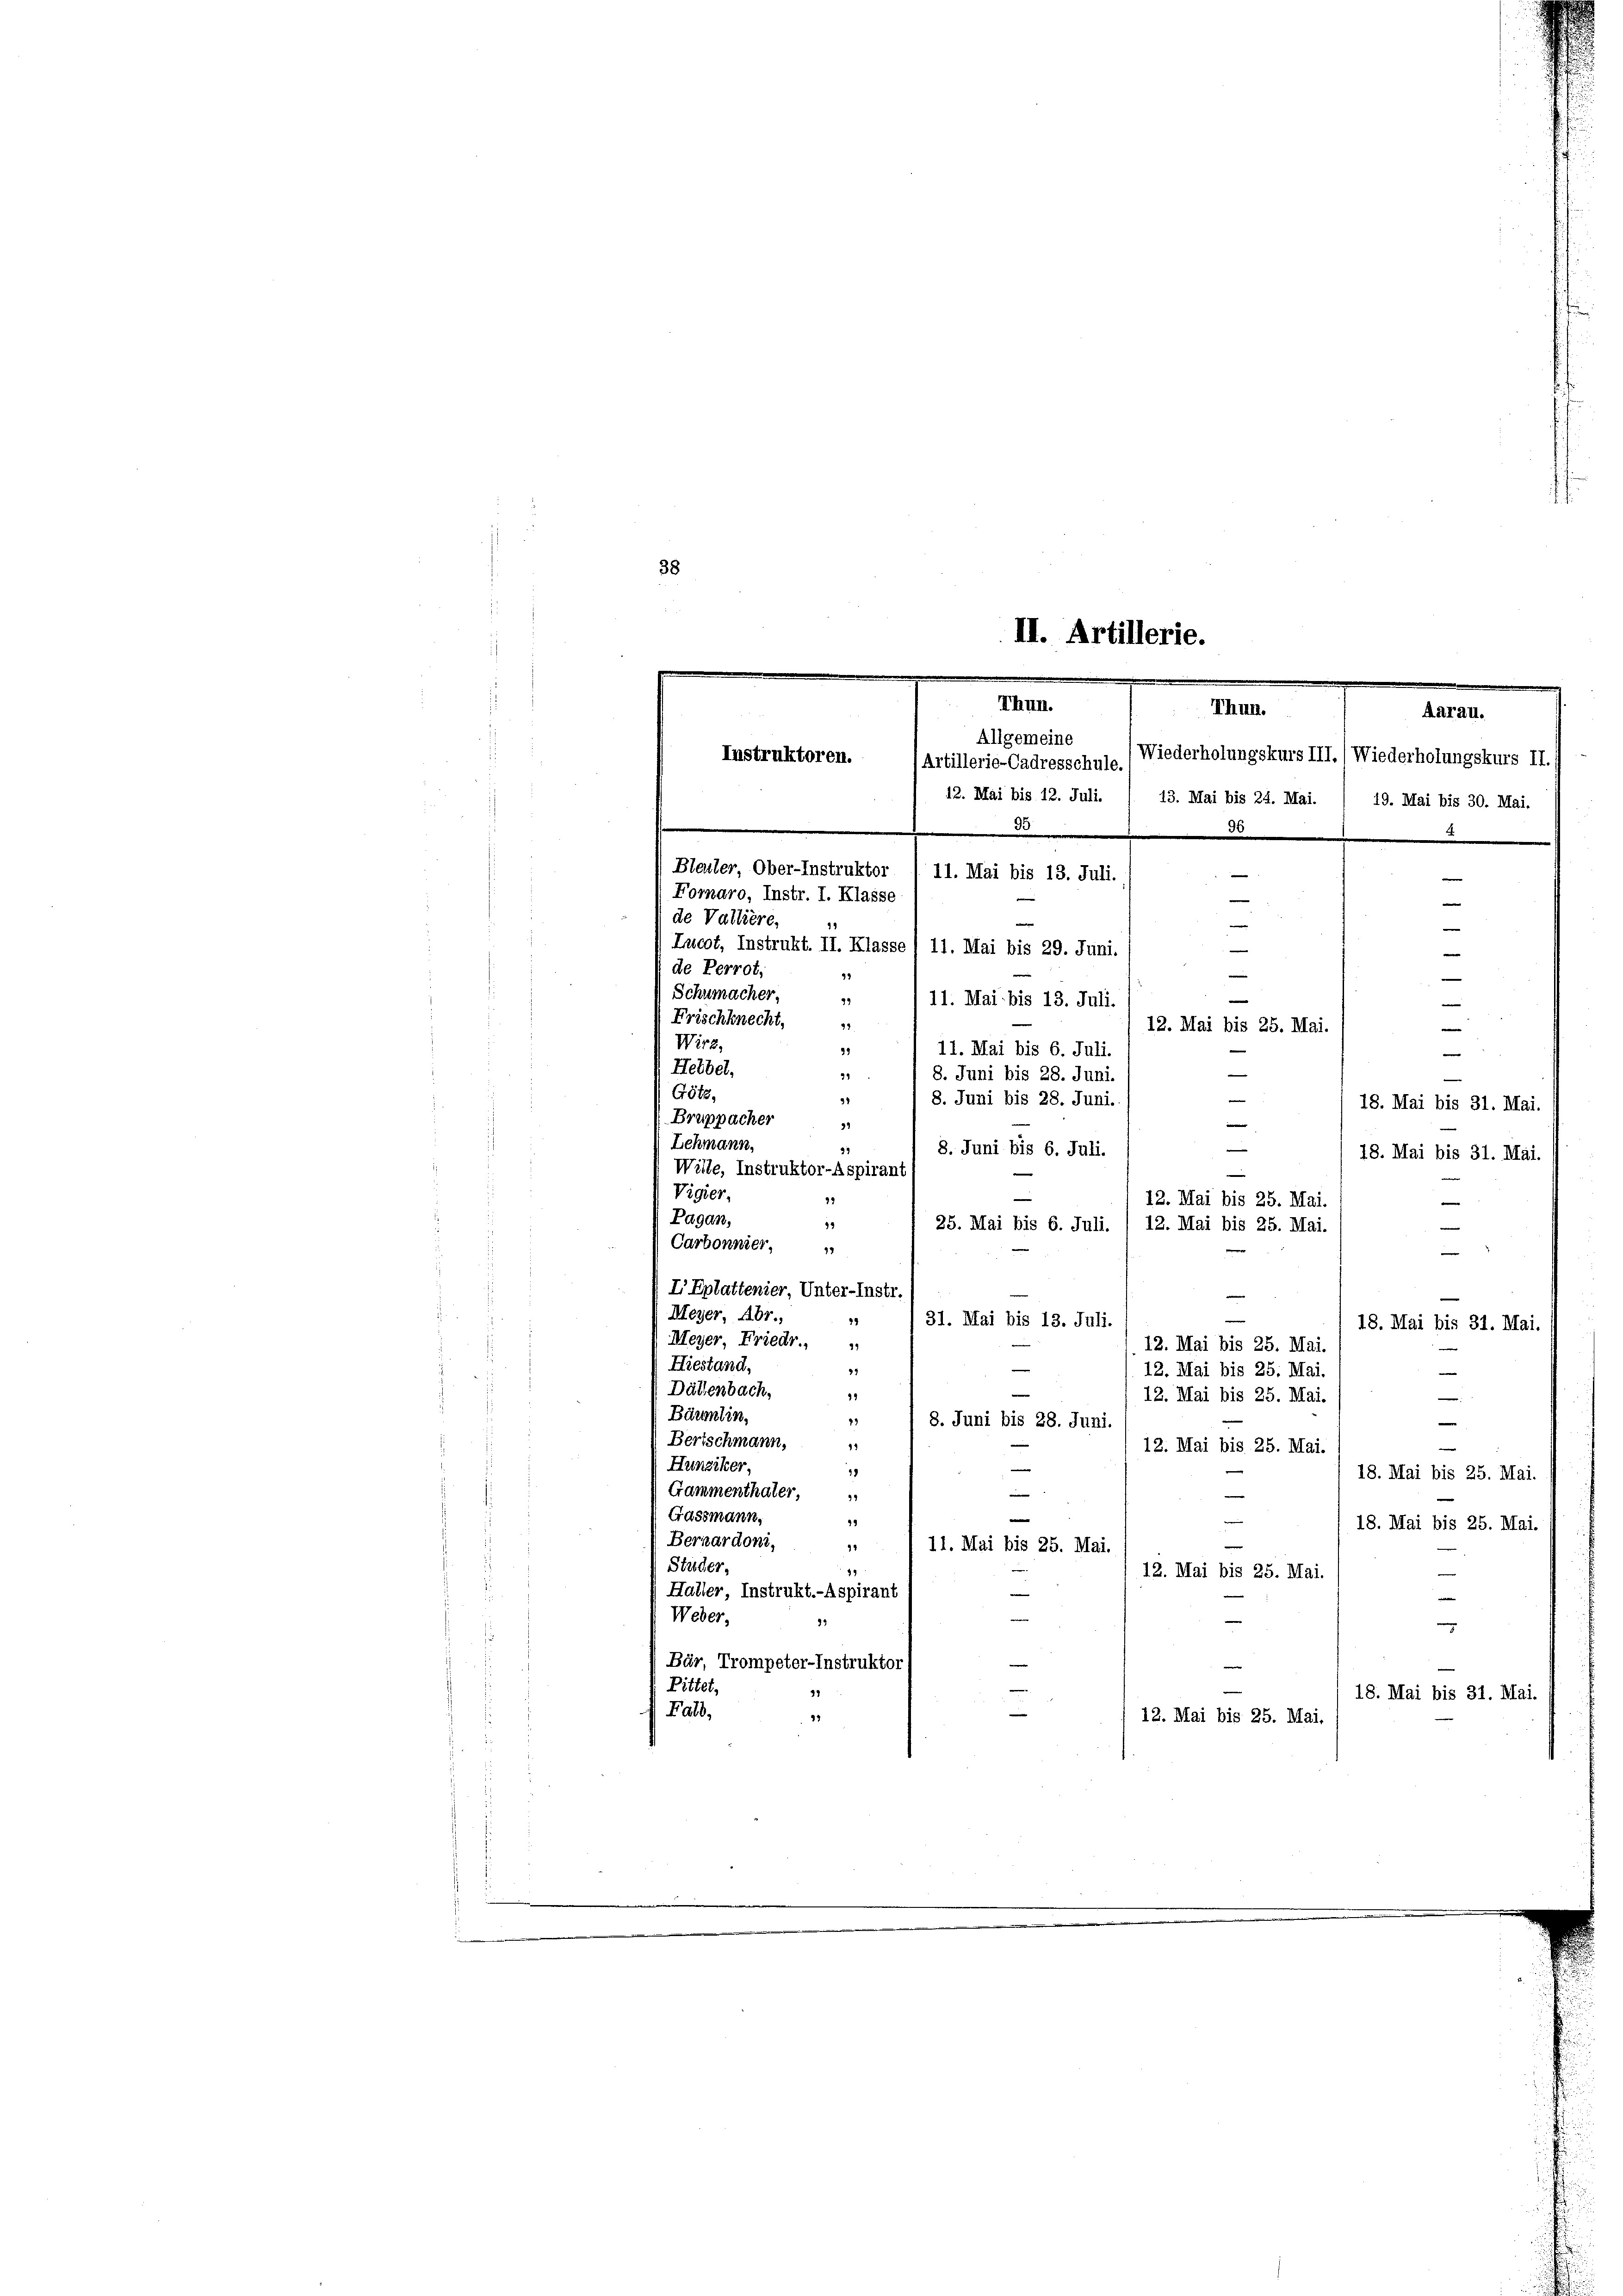
¬
¬

38

II. Artillerie.
Thun.
Allgemeine
Instruktoren.
Artillerie-Cadresschule. (Wiederholungskurs III. (Wiederholungskurs II.

Thun.
12. Mai bis 12. Juli. / 13. Mai bis 24. Mai. / 19. Mai bis 30. Mai,
95
30
Bleuler, Ober-Instruktor
e
11. Mai bis 13. Juli.
Fornaro, Instr. I. Klasse
e
e
de Vallière,
—
Lucot, Instrukt. II. Klasse I 11. Mai bis 29. Juni.
de Perrot,
39
Schumacher,
93
11. Mai bis 13. Juli.
.
Frischknecht,
12. Mai bis 25. Mai.
e
Wirz,
32
11. Mai bis 6. Juli.
e
Hetbel,
8. Juni bis 28. Juni.
29
Götz,
31
8. Juni bis 28. Juni.
18. Mai bis 31. Mai.
Bruppacher
99
Lehmann,

37
8. Juni bis 6. Juli.
18. Mai bis 31. Mai.
Wille. Instruktor-Aspiran-
Vigier,
79
e
Pagan,
99
25. Mai bis 6. Juli.

Carbonnier,
17
e
I Eplattenier, Unter-Instr.
Meyer, Abr.,
19
31. Mai bis 13. Juli.
18. Mai bis 31. Mai.
Meyer, Friedr.,
Hiestand,
27
e
Dällenbach,
99
—
Bärentin,
23
8. Juni bis 28. Juni.
Bertschmann,
11
12. Mai bis 25. Mai.
Hunziker,
—
31
18. Mai bis 25. Mai.
Gammenthater,
—
99
e
Gassmann,
e
e
39
18. Mai bis 25. Mai.
Bernardoni,
e
92
11. Mai bis 25. Mai.
Studer,
e
12. Mai bis 25. Mai
Haller Instrukt.-Aspirant
—
Weber,
9.
e
Bär, Trompeter-Instruktor
Pittet,
17
18. Mai bis 31. Mai.
Falb,
1
12. Mai bis 25. Mai.

12. Mai bis 25. Mai.
12. Mai bis 25. Mai.

12. Mai bis 25. Mai.
12. Mai bis 25. Mai.
12. Mai bis 25. Mai.

.

Aarau.